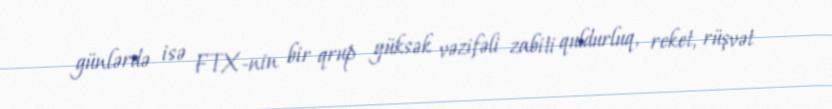
günlərdə isə FTX-nin bir qrup yüksək vəzifəli zabiti quldurluq, reket, rüşvət